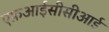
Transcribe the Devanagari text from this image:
एफ़आईसीसीआई